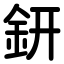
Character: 鈃